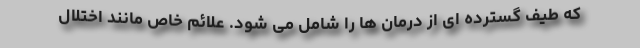
که طیف گسترده ای از درمان ها را شامل می شود. علائم خاص مانند اختلال